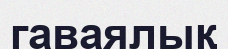
гаваялық